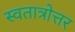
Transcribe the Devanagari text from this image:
स्वतात्रोत्तर